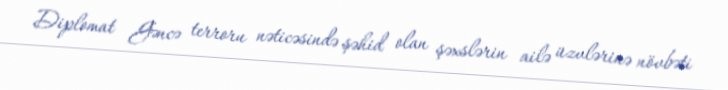
Diplomat Gəncə terroru nəticəsində şəhid olan şəxslərin ailə üzvlərinə növbəti